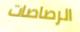
الرصاصات